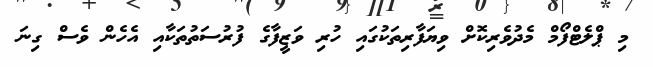
މި ޕްލެޓްފޯމް މެދުވެރިކޮށް ވިޔަފާރިތަކުގައި ހުރި ވަޒީފާގެ ފުރުސަތުތަކާއި އެހެން ވެސް ގިނަ